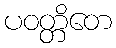
ပဝတ္တိတေ